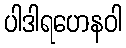
ပါဒါရဟေနဝါ